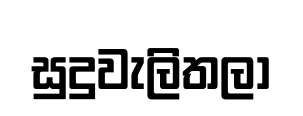
සුදුවැලිතලා